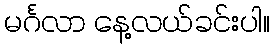
မင်္ဂလာ နေ့လယ်ခင်းပါ။